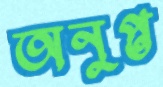
অনুপ্ত